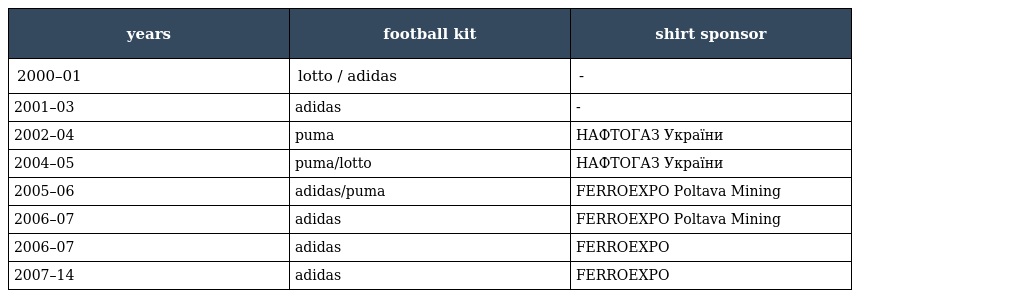
| years | football kit | shirt sponsor |
 | --- | --- | --- |
 | 2000–01 | lotto / adidas | - |
 | 2001–03 | adidas | - |
 | 2002–04 | puma | НАФТОГАЗ України |
 | 2004–05 | puma/lotto | НАФТОГАЗ України |
 | 2005–06 | adidas/puma | FERROEXPO Poltava Mining |
 | 2006–07 | adidas | FERROEXPO Poltava Mining |
 | 2006–07 | adidas | FERROEXPO |
 | 2007–14 | adidas | FERROEXPO |